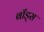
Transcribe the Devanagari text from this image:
बाँड्स